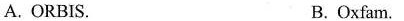
A. ORBIS. B.Oxfam.